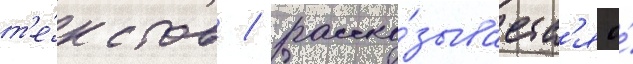
т'е́кстов / расска́зываетс'я о́